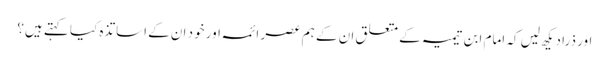
اور ذرا دیکھ لیں کہ امام ابن تیمیہ کے متعلق ان کے ہم عصر ائمہ اور خود ان کے اساتذہ کیا کہتے ہیں؟